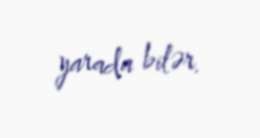
yarada bilər.